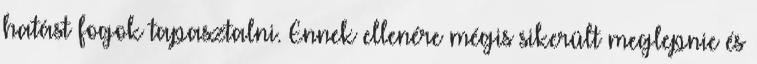
hatást fogok tapasztalni. Ennek ellenére mégis sikerült meglepnie és